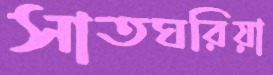
সাতঘরিয়া